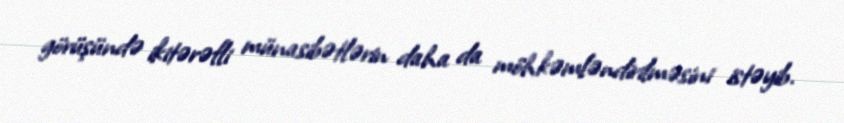
görüşündə ikitərəfli münasibətlərin daha da möhkəmləndirilməsini istəyib.